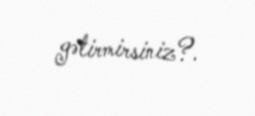
gətirmirsiniz?.